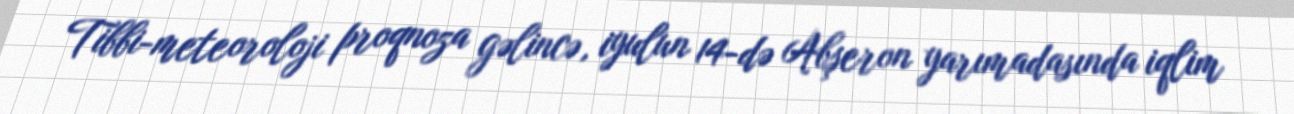
Tibbi-meteoroloji proqnoza gəlincə, iyulun 14-də Abşeron yarımadasında iqlim